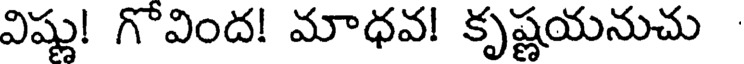
విష్ణు! గొవింద! మాధవ! కృష్ణయనుచు